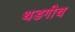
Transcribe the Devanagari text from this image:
थडगीच